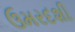
ઉમરદશી